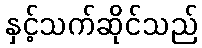
နှင့်သက်ဆိုင်သည်